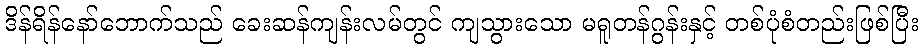
ဒိန်ရိန်နော်ဘောက်သည် ခေးဆန်ကျန်းလမ်တွင် ကျသွားသော မရူတန်ဂွန်းနှင့် တစ်ပုံစံတည်းဖြစ်ပြီး